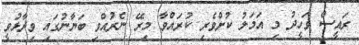
ރައީސް ވަހީދު މި އަމަލު ކުށްވެރި ކުރައްވާ މިރޭ ނެރުއްވި ބަޔާނުގައި ވިދާޅުވީ